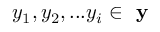
y _ { 1 } , y _ { 2 } , . . . y _ { i } \in \textbf { y }